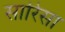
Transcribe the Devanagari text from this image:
सारिसा